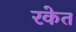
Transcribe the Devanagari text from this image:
रकेत